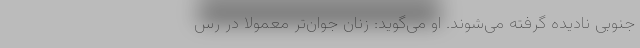
جنوبی نادیده گرفته می‌شوند. او می‌گوید: زنان جوان‌تر معمولا در رس